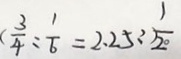
( \frac { 3 } { 4 } : \frac { 1 } { 6 } = 2 . 2 5 : ) \frac { 1 } { 2 0 }